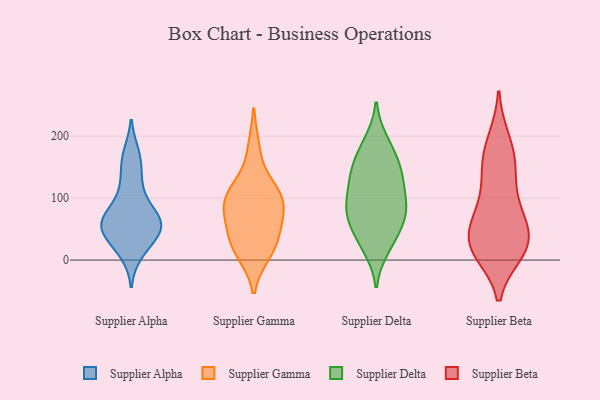
{"axis": {"x": "Waste Production (Tons)", "y": "Value"}, "legend": ["Supplier Alpha", "Supplier Beta", "Supplier Delta", "Supplier Gamma"], "data": [{"x": "", "y": 172, "type": "Supplier Alpha"}, {"x": "", "y": 53, "type": "Supplier Alpha"}, {"x": "", "y": 167, "type": "Supplier Alpha"}, {"x": "", "y": 11, "type": "Supplier Alpha"}, {"x": "", "y": 75, "type": "Supplier Alpha"}, {"x": "", "y": 56, "type": "Supplier Alpha"}, {"x": "", "y": 17, "type": "Supplier Alpha"}, {"x": "", "y": 64, "type": "Supplier Alpha"}, {"x": "", "y": 78, "type": "Supplier Alpha"}, {"x": "", "y": 43, "type": "Supplier Alpha"}, {"x": "", "y": 47, "type": "Supplier Alpha"}, {"x": "", "y": 142, "type": "Supplier Alpha"}, {"x": "", "y": 122, "type": "Supplier Alpha"}, {"x": "", "y": 102, "type": "Supplier Alpha"}, {"x": "", "y": 54, "type": "Supplier Alpha"}, {"x": "", "y": 40, "type": "Supplier Alpha"}, {"x": "", "y": 66, "type": "Supplier Alpha"}, {"x": "", "y": 87, "type": "Supplier Gamma"}, {"x": "", "y": 111, "type": "Supplier Gamma"}, {"x": "", "y": 56, "type": "Supplier Gamma"}, {"x": "", "y": 119, "type": "Supplier Gamma"}, {"x": "", "y": 181, "type": "Supplier Gamma"}, {"x": "", "y": 30, "type": "Supplier Gamma"}, {"x": "", "y": 87, "type": "Supplier Gamma"}, {"x": "", "y": 11, "type": "Supplier Gamma"}, {"x": "", "y": 13, "type": "Supplier Gamma"}, {"x": "", "y": 81, "type": "Supplier Gamma"}, {"x": "", "y": 41, "type": "Supplier Gamma"}, {"x": "", "y": 105, "type": "Supplier Gamma"}, {"x": "", "y": 18, "type": "Supplier Delta"}, {"x": "", "y": 52, "type": "Supplier Delta"}, {"x": "", "y": 119, "type": "Supplier Delta"}, {"x": "", "y": 190, "type": "Supplier Delta"}, {"x": "", "y": 151, "type": "Supplier Delta"}, {"x": "", "y": 135, "type": "Supplier Delta"}, {"x": "", "y": 193, "type": "Supplier Delta"}, {"x": "", "y": 75, "type": "Supplier Delta"}, {"x": "", "y": 149, "type": "Supplier Delta"}, {"x": "", "y": 40, "type": "Supplier Delta"}, {"x": "", "y": 114, "type": "Supplier Delta"}, {"x": "", "y": 147, "type": "Supplier Delta"}, {"x": "", "y": 107, "type": "Supplier Delta"}, {"x": "", "y": 57, "type": "Supplier Delta"}, {"x": "", "y": 74, "type": "Supplier Delta"}, {"x": "", "y": 20, "type": "Supplier Delta"}, {"x": "", "y": 86, "type": "Supplier Delta"}, {"x": "", "y": 165, "type": "Supplier Delta"}, {"x": "", "y": 83, "type": "Supplier Delta"}, {"x": "", "y": 83, "type": "Supplier Delta"}, {"x": "", "y": 72, "type": "Supplier Beta"}, {"x": "", "y": 188, "type": "Supplier Beta"}, {"x": "", "y": 195, "type": "Supplier Beta"}, {"x": "", "y": 18, "type": "Supplier Beta"}, {"x": "", "y": 22, "type": "Supplier Beta"}, {"x": "", "y": 50, "type": "Supplier Beta"}, {"x": "", "y": 151, "type": "Supplier Beta"}, {"x": "", "y": 149, "type": "Supplier Beta"}, {"x": "", "y": 12, "type": "Supplier Beta"}, {"x": "", "y": 70, "type": "Supplier Beta"}, {"x": "", "y": 44, "type": "Supplier Beta"}, {"x": "", "y": 79, "type": "Supplier Beta"}, {"x": "", "y": 26, "type": "Supplier Beta"}, {"x": "", "y": 110, "type": "Supplier Beta"}, {"x": "", "y": 13, "type": "Supplier Beta"}, {"x": "", "y": 20, "type": "Supplier Beta"}, {"x": "", "y": 151, "type": "Supplier Beta"}]}